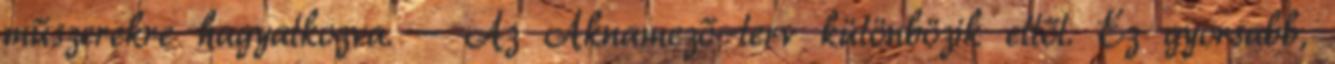
műszerekre hagyatkozva. - Az Aknamező-terv különbözik ettől. Ez gyorsabb,